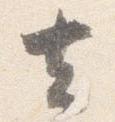
去